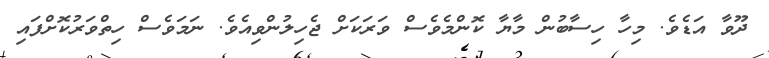
ދޫވާ އަޑެވެ. މިހާ ހިސާބުން މާޔާ ކޮންމެވެސް ވަރަކަށް ޖެހިލުންވިއެވެ. ނަމަވެސް ހިތްވަރުކޮށްފައި